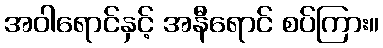
အဝါရောင်နှင့် အနီရောင် စပ်ကြား။